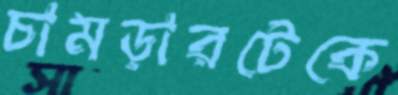
চামড়ারটেকে